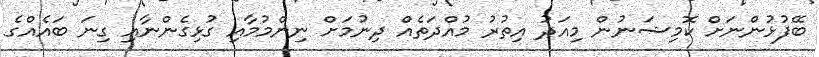
ބޭފުޅުންނަށް ކޮމިޝަނުން މިއަދު އިތުރު މުއްދަތެއް ދިނުމަށް ނިންމުމާއި ގުޅިގެންނާއި ގިނަ ބައެއްގެ